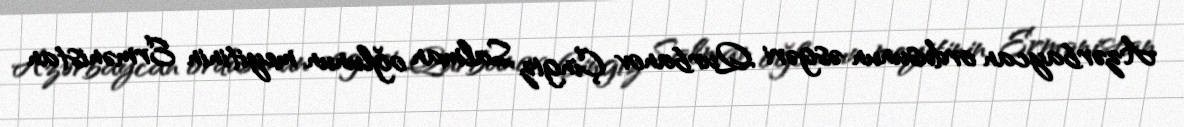
Azərbaycan ordusunun əsgəri Qurbanov Çingiz Salman oğlunun meyitinin Ermənistan